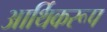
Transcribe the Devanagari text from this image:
आर्थिकरूप